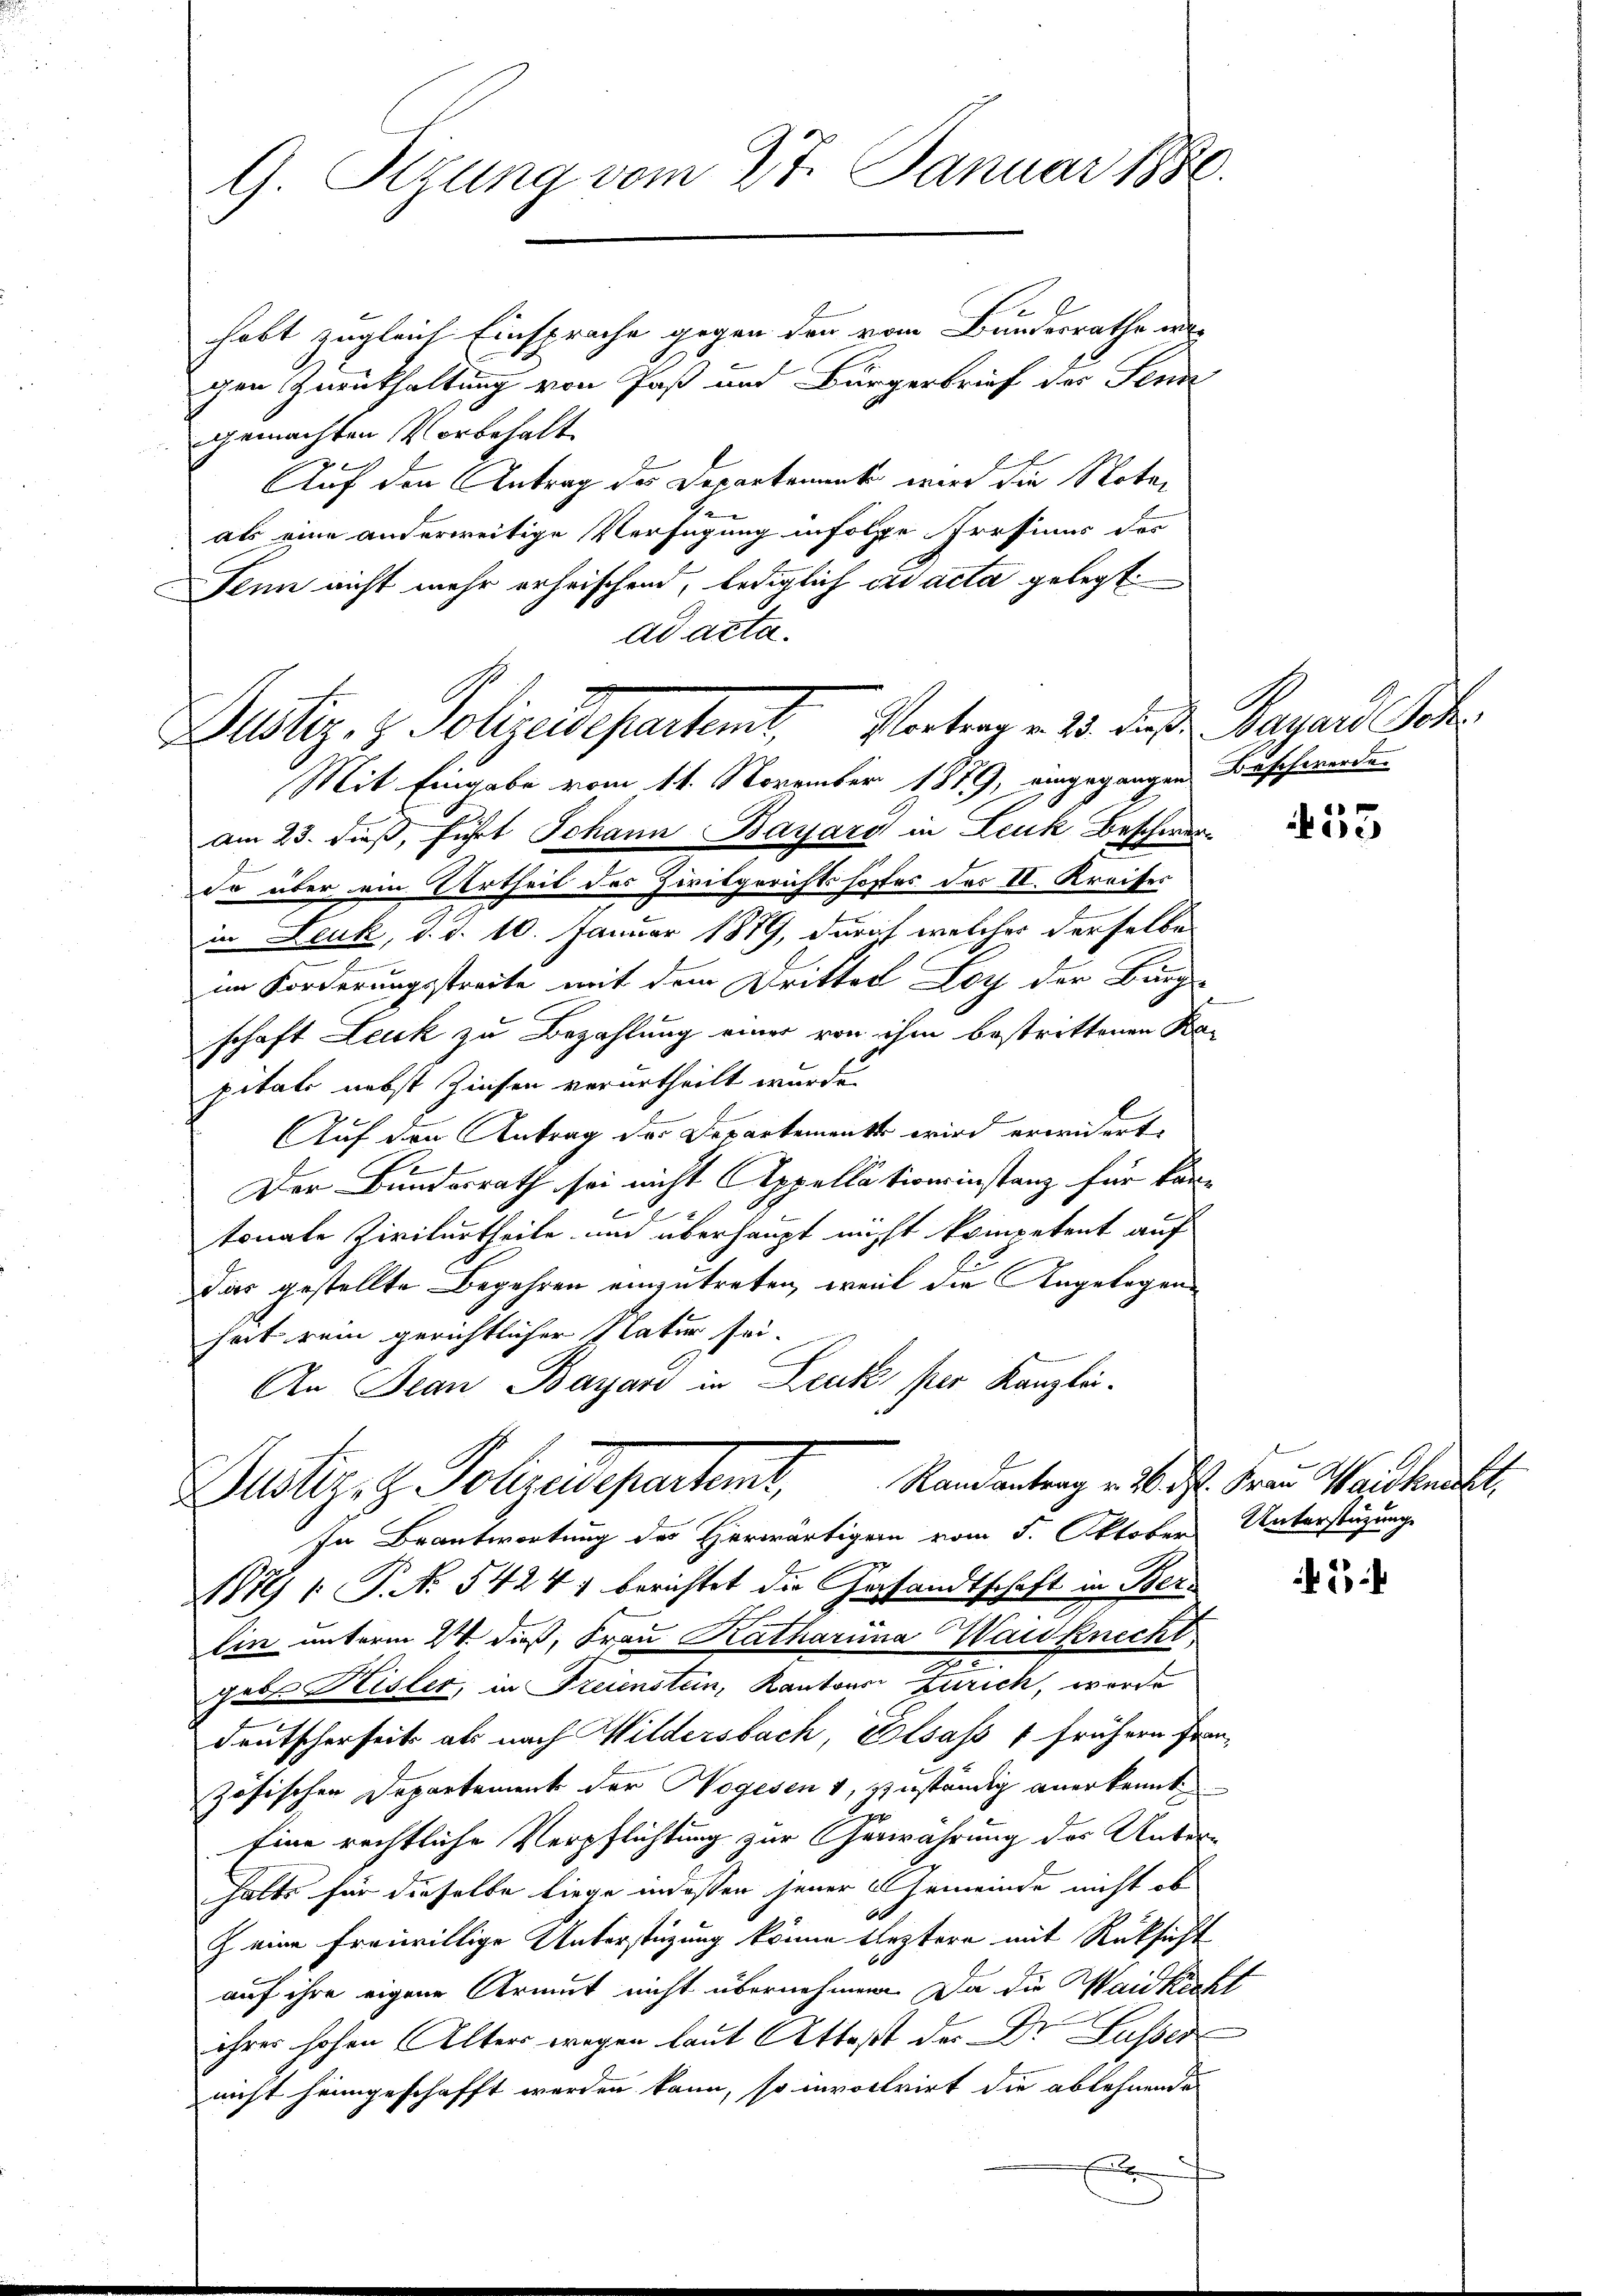
G. Sizung vom 27. Januar 1880.

Justiz- & Polizeidepartemt. Vortrag u. 13. die Bavard Sch

habt zugleich Einsprache gegen den vom Bundesrathe wir
gen Zurückhaltung von Paß und Bürgerbrief der Senn
gemachten Vorbehalt
Auf den Antrag des Departament wird die Notaals eine anderweitige Verfügung infolge Pressinis des
Penn nicht mehr erheischend, lediglich in acta gelegt.
ad acta.
Mit Eingabe vom 11. November 1879, eingegangen Beschwerde
am 23. Fuß, führt Johann Bayarg in Leuk Beschwer¬
So über ein Urtheil des Zivilgerichtshoffes der II. Kreises
in Leuk, d. d. 10. Januar 1879, durch welches derselbe
im Forderungsstreite mit dem Drittel Loy der Bürg-
schaft Leuk zu Bezahlung einer von ihm bestrittenen Ka-
pitals nebst Zinsen verurtheilt wurde.
Auf den Antrag des Departement wird erwidert.
Der Bundesrath sei nicht Appellationsinstanz für kantonale Zivilurtheile und überhaupt nicht kompetent auf
Das gestellte Begehren einzutreten, weil die Angelegenheit rein gerichtlicher Natur sei.
An Jean Bayard in Leuk per Kanzlei-
Randantrag v. 16. d. Frau Waidknecht,
Zustiz- & Polyederatent,
In Beantwortung des Herwärtiger vom 5. Oktober Unterstützungs
Ni  P. No. 5424) berichtet die Gesandtschaft in Berlin unterm 24. dieß, Frau Katharina Waisknecht
geber Hister, in Freienstein, Kantons Zürich, worde
deutscherheits als nach Wildersbach, Elsass 1 frühern Französischen Departement der Vogesen 1, zuständig anerkennt
Eine rechtliche Verpflichtung zur Gerwahrung der Unterhalte für dieselbe liege indessen jener Gemeinde nicht ob
60
Z eine freiwillige Unterstüzung könne fleztern mit Rüksicht
auf ihre eigene Armut nicht übernehmen. Da die Waidkichihrer hohen Alter wegen laut Attest der Dr Fusser
nicht heimgeschafft werden kann, so invortrirt die ablehnende
f

e

2